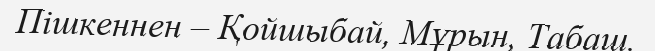
Пішкеннен – Қойшыбай, Мұрын, Табаш.